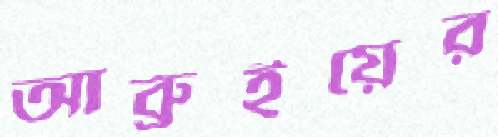
আব্রুইয়ের